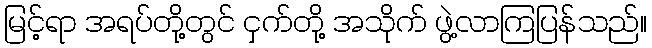
မြင့်ရာ အရပ်တို့တွင် ငှက်တို့ အသိုက် ဖွဲ့လာကြပြန်သည်။